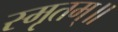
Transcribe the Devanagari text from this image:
स्मृतम्॥